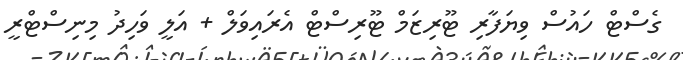
ގެސްޓް ހައުސް ވިޔަފާރި ޓޫރިޒަމް ޓޫރިސްޓް އެރައިވަލް + އަލީ ވަހިދު މިނިސްޓްރީ